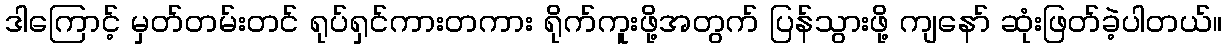
ဒါကြောင့် မှတ်တမ်းတင် ရုပ်ရှင်ကားတကား ရိုက်ကူးဖို့အတွက် ပြန်သွားဖို့ ကျနော် ဆုံးဖြတ်ခဲ့ပါတယ်။